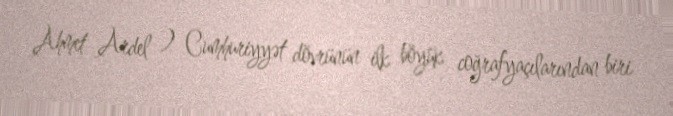
Ahmet Ardel ) Cumhuriyyət dövrünün ilk böyük coğrafyaçılarından biri